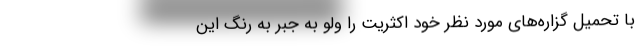
با تحمیل گزاره‌های مورد نظر خود اکثریت را ولو به جَبر به رنگ این